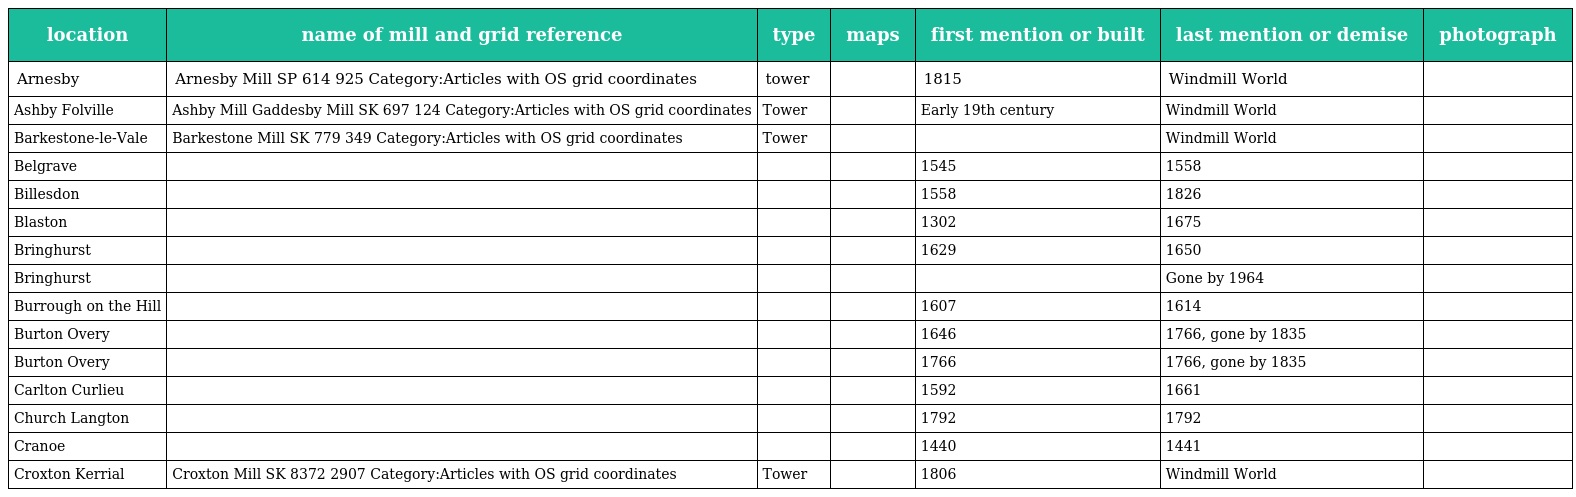
| location | name of mill and grid reference | type | maps | first mention or built | last mention or demise | photograph |
 | --- | --- | --- | --- | --- | --- | --- |
 | Arnesby | Arnesby Mill SP 614 925 Category:Articles with OS grid coordinates | tower |  | 1815 | Windmill World |  |
 | Ashby Folville | Ashby Mill Gaddesby Mill SK 697 124 Category:Articles with OS grid coordinates | Tower |  | Early 19th century | Windmill World |  |
 | Barkestone-le-Vale | Barkestone Mill SK 779 349 Category:Articles with OS grid coordinates | Tower |  |  | Windmill World |  |
 | Belgrave |  |  |  | 1545 | 1558 |  |
 | Billesdon |  |  |  | 1558 | 1826 |  |
 | Blaston |  |  |  | 1302 | 1675 |  |
 | Bringhurst |  |  |  | 1629 | 1650 |  |
 | Bringhurst |  |  |  |  | Gone by 1964 |  |
 | Burrough on the Hill |  |  |  | 1607 | 1614 |  |
 | Burton Overy |  |  |  | 1646 | 1766, gone by 1835 |  |
 | Burton Overy |  |  |  | 1766 | 1766, gone by 1835 |  |
 | Carlton Curlieu |  |  |  | 1592 | 1661 |  |
 | Church Langton |  |  |  | 1792 | 1792 |  |
 | Cranoe |  |  |  | 1440 | 1441 |  |
 | Croxton Kerrial | Croxton Mill SK 8372 2907 Category:Articles with OS grid coordinates | Tower |  | 1806 | Windmill World |  |